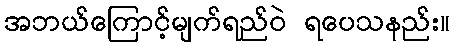
အဘယ်ကြောင့်မျက်ရည်ဝဲ ရပေသနည်း။